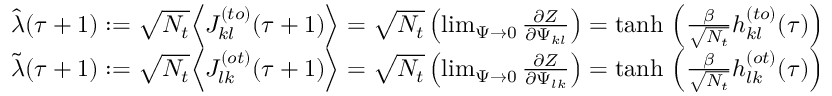
\begin{array} { r } { \hat { \lambda } ( \tau + 1 ) : = \sqrt { N _ { t } } \Big \langle J _ { k l } ^ { ( t o ) } ( \tau + 1 ) \Big \rangle = \sqrt { N _ { t } } \left( \operatorname* { l i m } _ { \Psi \rightarrow 0 } \frac { \partial Z } { \partial \Psi _ { k l } } \right) = \mathrm { t a n h } \, \left( \frac { \beta } { \sqrt { N _ { t } } } h _ { k l } ^ { ( t o ) } ( \tau ) \right) } \\ { \tilde { \lambda } ( \tau + 1 ) : = \sqrt { N _ { t } } \Big \langle J _ { l k } ^ { ( o t ) } ( \tau + 1 ) \Big \rangle = \sqrt { N _ { t } } \left( \operatorname* { l i m } _ { \Psi \rightarrow 0 } \frac { \partial Z } { \partial \Psi _ { l k } } \right) = \mathrm { t a n h } \, \left( \frac { \beta } { \sqrt { N _ { t } } } h _ { l k } ^ { ( o t ) } ( \tau ) \right) } \end{array}